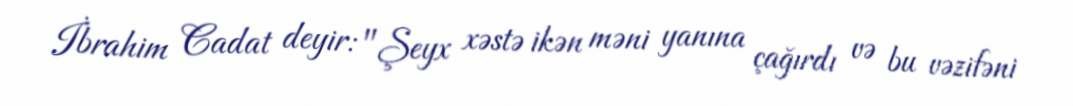
İbrahim Cadat deyir: "Şeyx xəstə ikən məni yanına çağırdı və bu vəzifəni